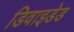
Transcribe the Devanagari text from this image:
डिवाइडेड